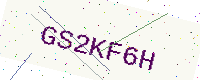
Text: GS2KF6H